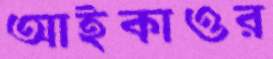
আইকাওর